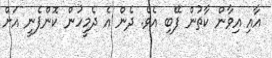
އާއި އިވާން ކާތުން ފޭބި އެވެ. ދެން އެ ދެމީހުން ކޮންޕެނީ އަށް